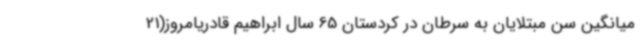
میانگین سن مبتلایان به سرطان در کردستان 65 سال ابراهیم قادریامروز(21